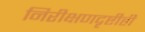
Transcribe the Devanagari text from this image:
निरीक्षणदृष्टीही